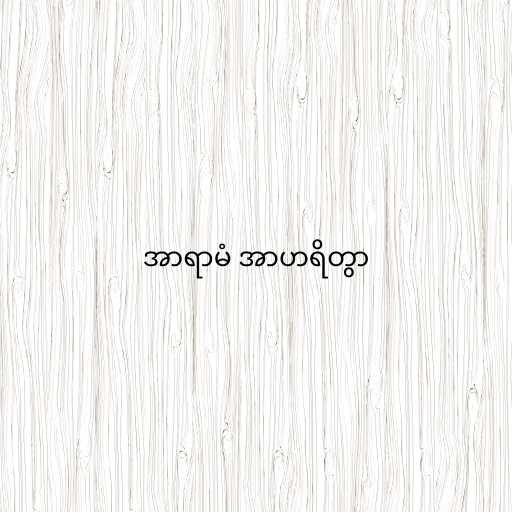
အာရာမံ အာဟရိတွာ